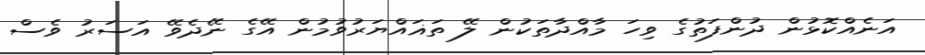
އަނެއްކޮޅުން ދުންފަތުގެ ވިހަ މާއްދާތަކުން ލޭ ތަޣައްޔަރުވުމުން އޭގެ ނޭދެވޭ އަސަރު ވެސް